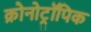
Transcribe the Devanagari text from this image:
क्रोनोट्रॉपिक